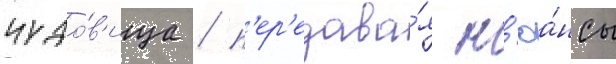
чудо́в'ища / п'ер'едава́я н'юа́нсы